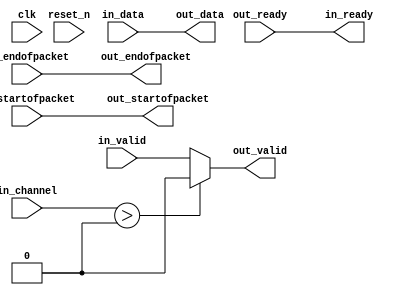
module Android2FPGAMemoryMap_st_bytes_to_packets_ca (
    
      // Interface: clk
      input              clk,
      // Interface: reset
      input              reset_n,
      // Interface: in
      output reg         in_ready,
      input              in_valid,
      input      [ 7: 0] in_data,
      input      [ 7: 0] in_channel,
      input              in_startofpacket,
      input              in_endofpacket,
      // Interface: out
      input              out_ready,
      output reg         out_valid,
      output reg [ 7: 0] out_data,
      output reg         out_startofpacket,
      output reg         out_endofpacket
);


   reg          out_channel;

   // ---------------------------------------------------------------------
   //| Payload Mapping
   // ---------------------------------------------------------------------
   always @* begin
      in_ready = out_ready;
      out_valid = in_valid;
      out_data = in_data;
      out_startofpacket = in_startofpacket;
      out_endofpacket = in_endofpacket;

      out_channel = in_channel       ;
      // Suppress channels that are higher than the destination's max_channel.
      if (in_channel > 0) begin
         out_valid = 0;
         // Simulation Message goes here.
      end
   end

endmodule